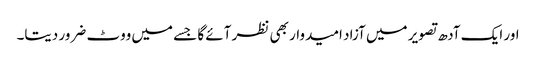
اور ایک آدھ تصویر میں آزاد امیدوار بھی نظر آئے گا جسے میں ووٹ ضرور دیتا۔